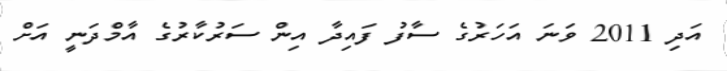
އަދި 2011 ވަނަ އަހަރުގެ ސާފު ފައިދާ އިން ސަރުކާރުގެ އާމްދަނީ އަށް